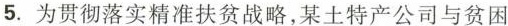
5. 为贯彻落实精准扶贫战略，某土特产公司与贫困